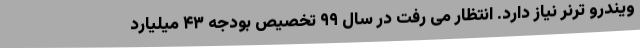
ویندرو ترنر نیاز دارد. انتظار می رفت در سال ۹۹ تخصیص بودجه ۴۳ میلیارد